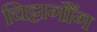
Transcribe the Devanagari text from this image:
चिट्टागौंग